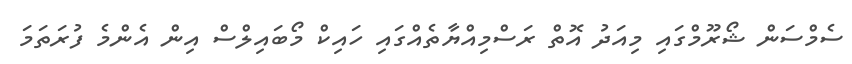
ސެމްސަން ޝޯރޫމްގައި މިއަދު އޮތް ރަސްމިއްޔާތެއްގައި ހައިކް މޯބައިލްސް އިން އެންމެ ފުރަތަމަ